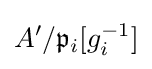
A'/{\mathfrak {p}}_{i}[g_{i}^{-1}]